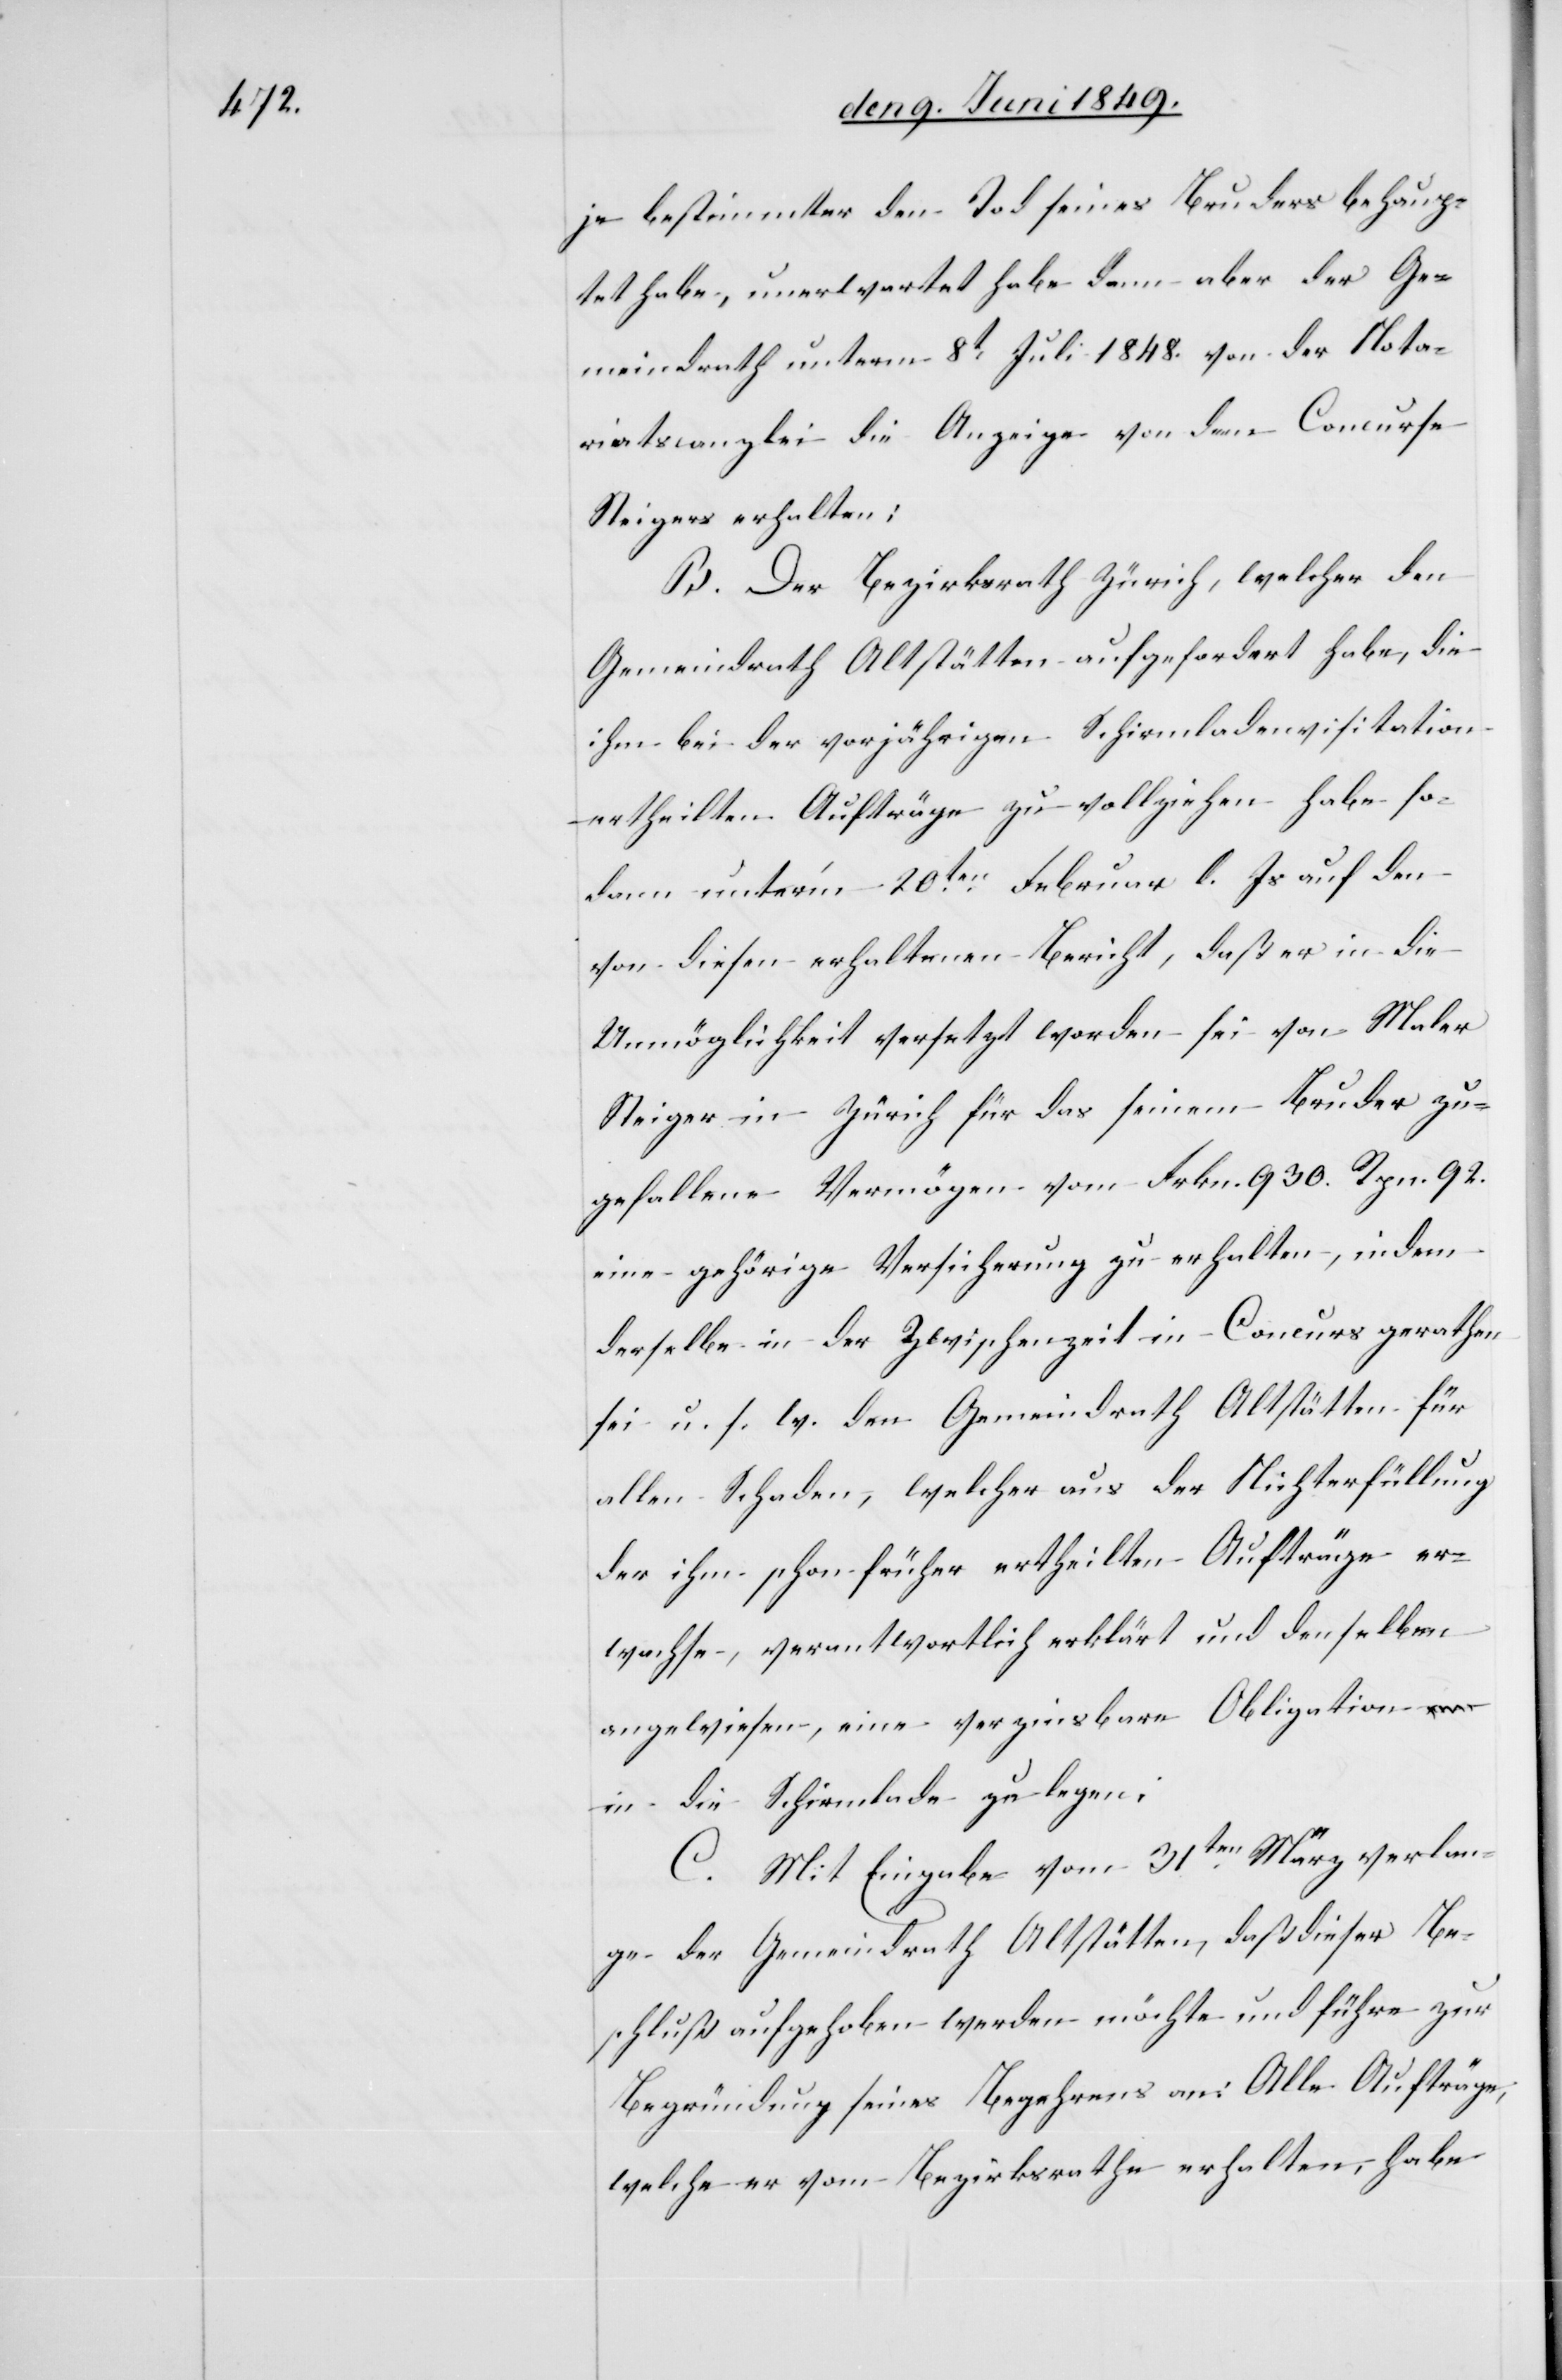
je bestimmter den Tod seines Bruders behaup¬
tet habe, unerwartet habe dann aber der Ge¬
meindrath unterm 8t Juli 1848. von der Nota¬
riatscanzlei die Anzeige von dem Concurse
Steigers erhalten:
B. Der Bezirksrath Zürich, welcher den
Gemeindrath Altstätten aufgefordert habe, die
ihm bei der vorjährigen Schirmladenvisitation
ertheilten Aufträge zu vollziehen habe so¬
dann unter’m 20ten Februar l. Js. auf den
von diesen erhaltenen Bericht, daß er in die
Unmöglichkeit versetzt worden sei von Maler
Steiger in Zürich für das seinem Bruder zu¬
gefallene Vermögen vom Frkn. 930. Rpn. 92.
eine gehörige Versicherung zu erhalten, indem
derselbe in der Zwischenzeit in Concurs gerathen
sei u. s. w. den Gemeindrath Altstätten für
allen Schaden, welcher aus der Nichterfüllung
der ihm schon früher ertheilten Aufträge er¬
wachse, verantwortlich erklärt und denselben
angewiesen, eine verzinsbare Obligation
in die Schirmlade zu legen:
C. Mit Eingabe vom 31ten März verlan¬
ge der Gemeindrath Altstätten, daß dieser Be¬
schluß aufgehoben werden möchte und führe zur
Begründung seines Begehrens an: Alle Aufträge,
welche er vom Bezirksrathe erhalten, habe